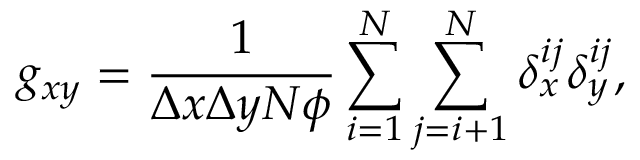
g _ { x y } = \frac { 1 } { \Delta x \Delta y N \phi } \sum _ { i = 1 } ^ { N } \sum _ { j = i + 1 } ^ { N } \delta _ { x } ^ { i j } \delta _ { y } ^ { i j } ,